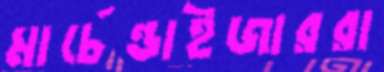
মার্চেন্ডাইজাররা